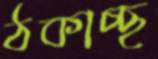
ঠকাচ্ছ